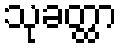
သုခတ္ထာ